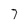
Character: 7